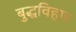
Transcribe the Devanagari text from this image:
बुद्धविहार